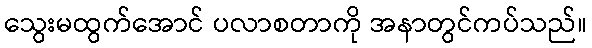
သွေးမထွက်အောင် ပလာစတာကို အနာတွင်ကပ်သည်။